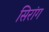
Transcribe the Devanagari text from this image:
सिरांग